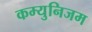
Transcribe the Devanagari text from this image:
कम्युनिजम